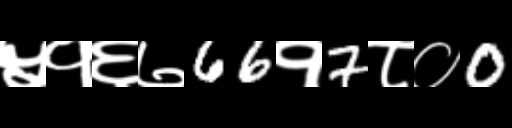
Text: ५१६७66१7८०0